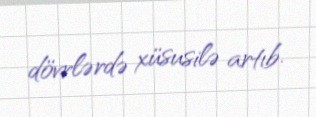
dövrlərdə xüsusilə artıb.